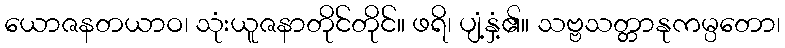
ယောဇနတယာဝ၊ သုံးယူဇနာတိုင်တိုင်။ ဖရိ၊ ပျံ့နှံ့၏။ သဗ္ဗသတ္တာနုကမ္ပတော၊